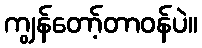
ကျွန်တော့်တာဝန်ပဲ။